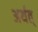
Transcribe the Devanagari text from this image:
अर्थत्